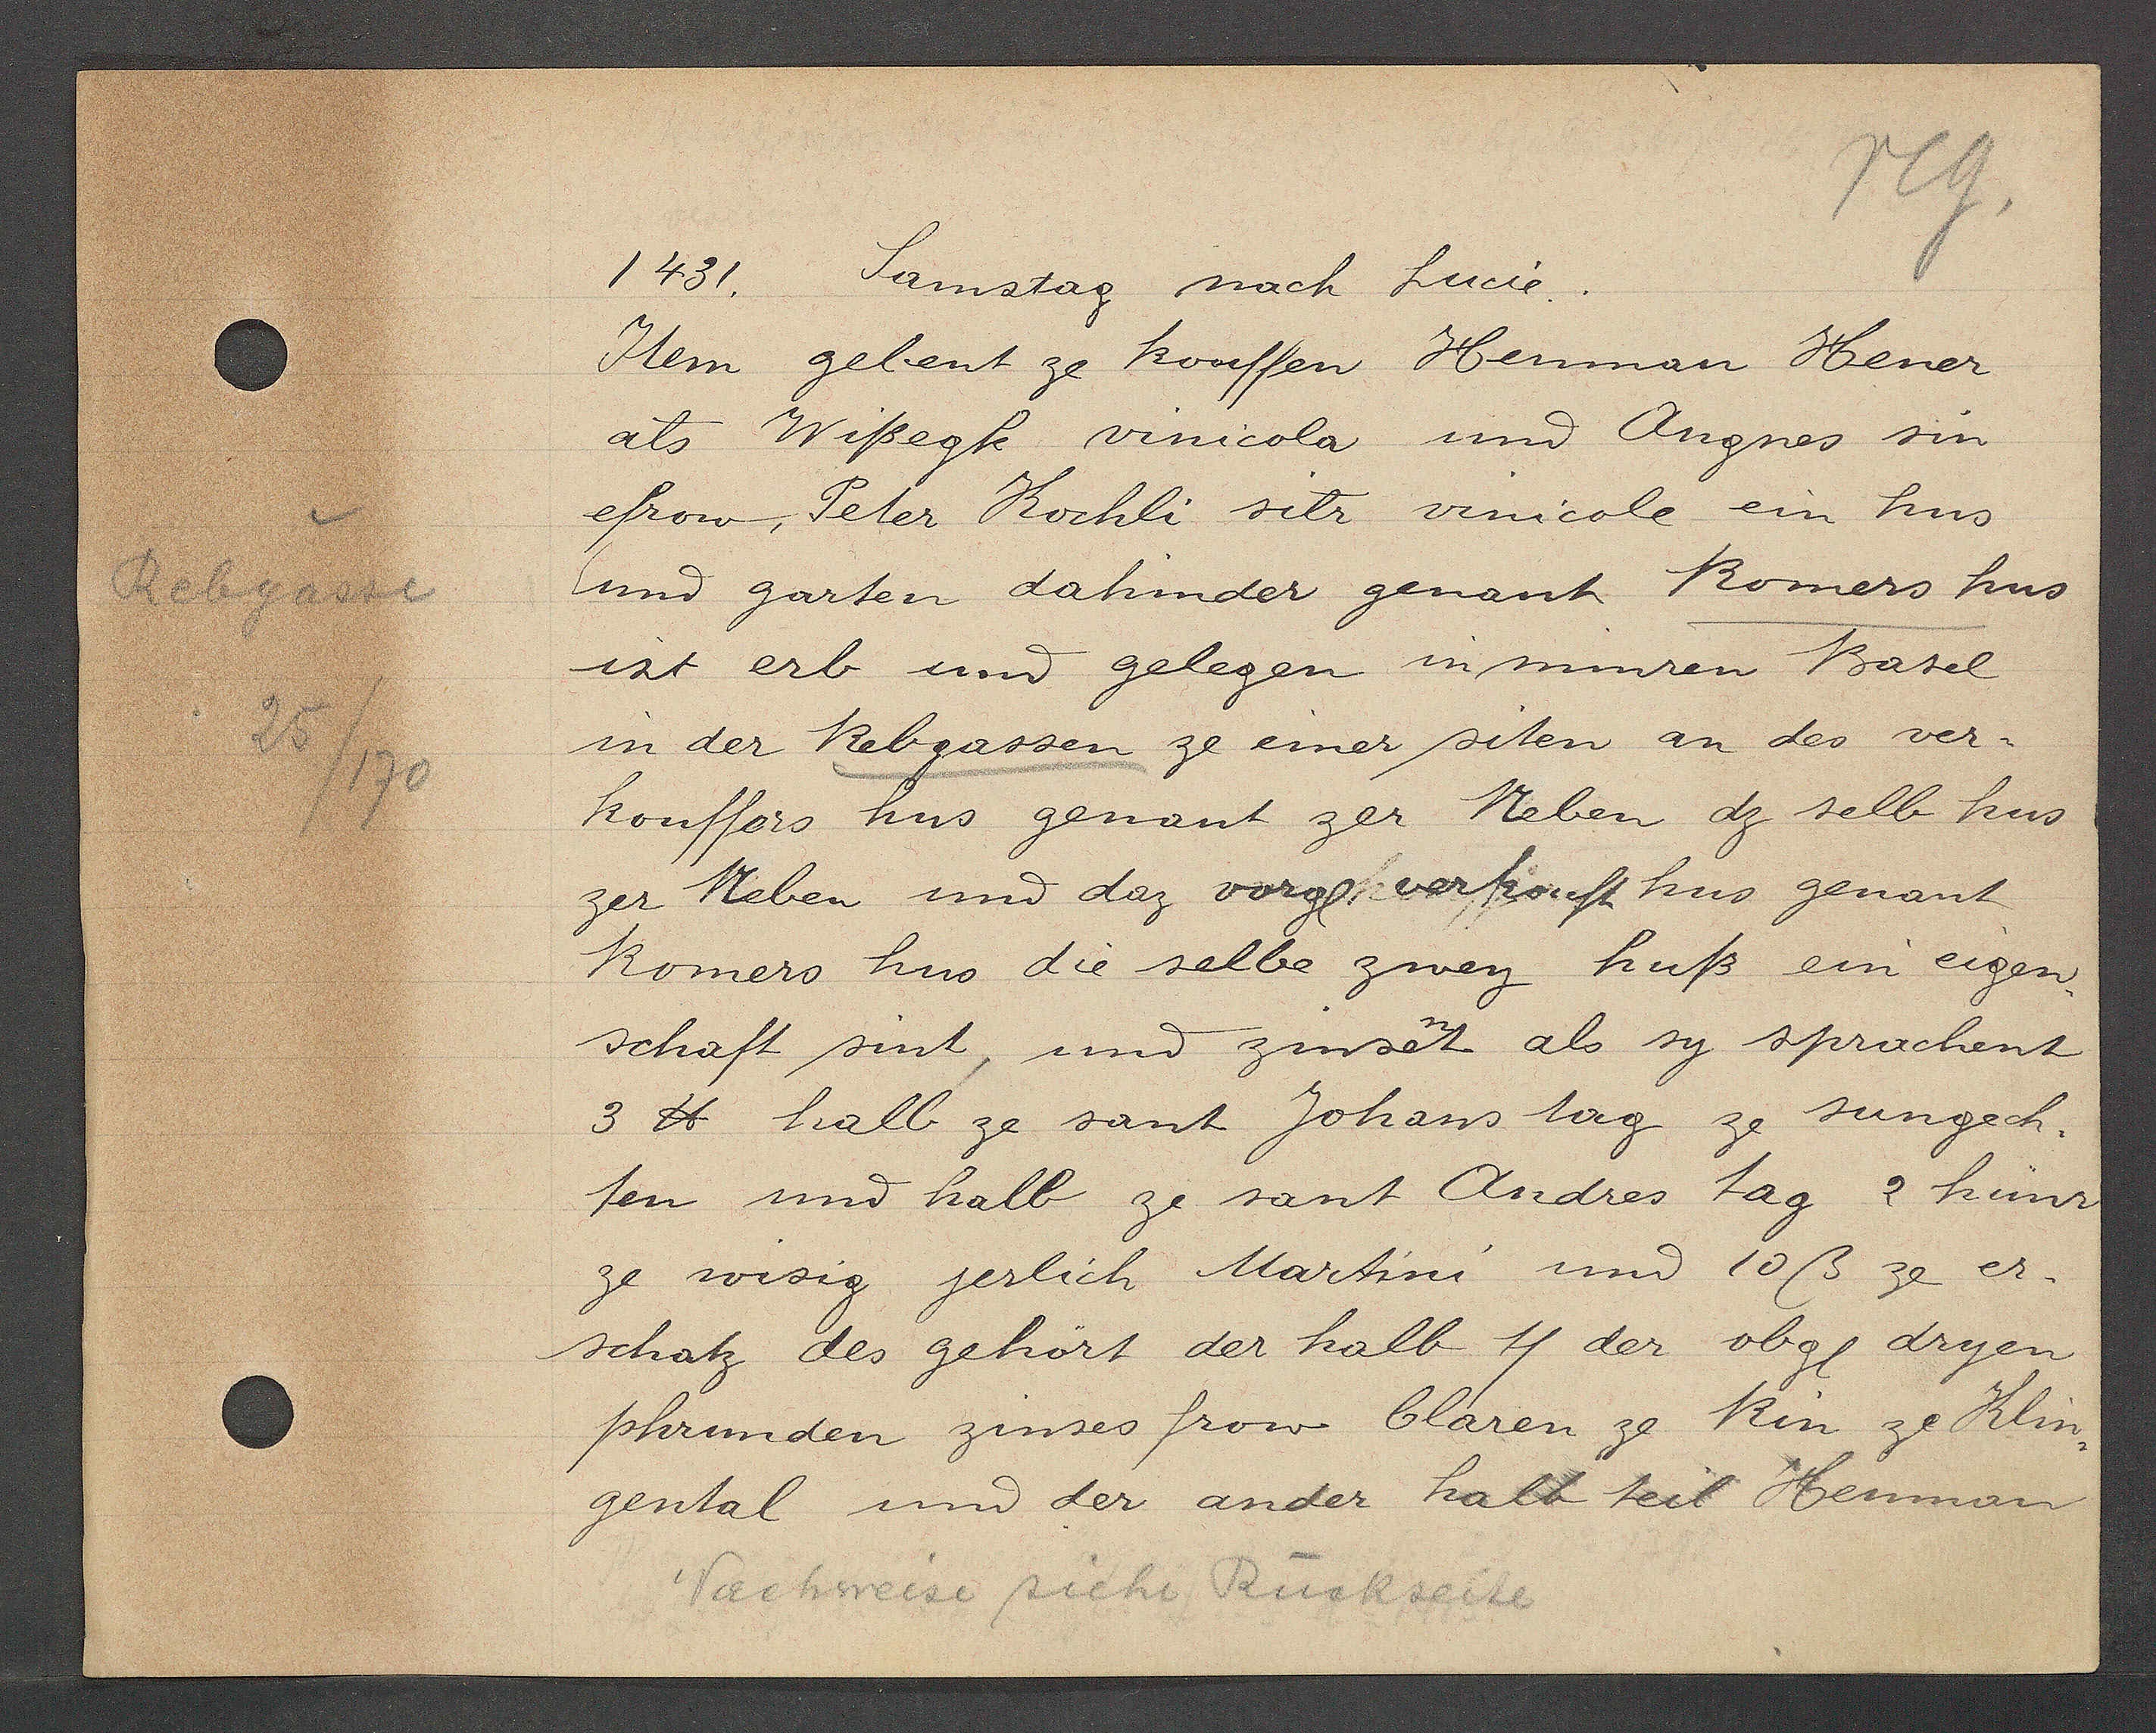
Transcript:
Rebgasse
25
170

Samstag nach Lucie.
1431.

Item gebent ze kouffen Henman Hener
als Wißegk vinicola und Angnes sin
efrow, Peter Kochli sitr vinicole ein hus
und garten dahinder genant Romers hus
ist erb und gelegen in minren Basel
in der Rebgassen ze einer siten an des ver¬
kouffers hus genant zer Reben dz selb hus
zer Reben und daz vorgl verkouft hus genant
Romers hus die selbe zwey huß ein eigen
schaft sint, und zinset als sy sprachent
3 ℔ halb ze sant Johans tag ze sungech¬
ten und halb ze sant Andres tag 2 hünr
ze wisig jerlich Martini und 10ß ze er¬
schatz des gehört der halb 11 der obgl dryen
phrunden zinses frow Claren ze Rin ze Klin¬
gental und der ander halb teil Henman

Nachweise siehe Rückseite